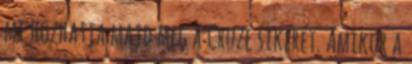
mi hozhatja majd meg a Cruze sikerét. Amikor a